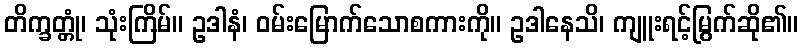
တိက္ခတ္တုံ၊ သုံးကြိမ်။ ဥဒါနံ၊ ဝမ်းမြောက်သောစကားကို။ ဥဒါနေသိ၊ ကျူးရင့်မြွက်ဆို၏။